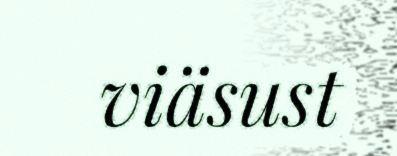
viäsust